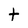
Character: t